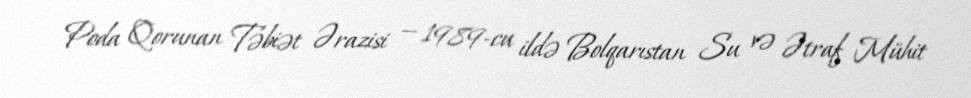
Poda Qorunan Təbiət Ərazisi — 1989-cu ildə Bolqarıstan Su və Ətraf Mühit